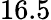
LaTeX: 16.5